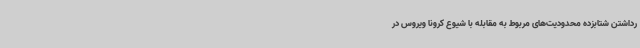
رداشتن شتابزده محدودیت‌های مربوط به مقابله با شیوع کرونا ویروس در